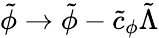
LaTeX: \tilde{\phi}\to\tilde{\phi}-\tilde{c}_{\phi}\tilde{\Lambda}